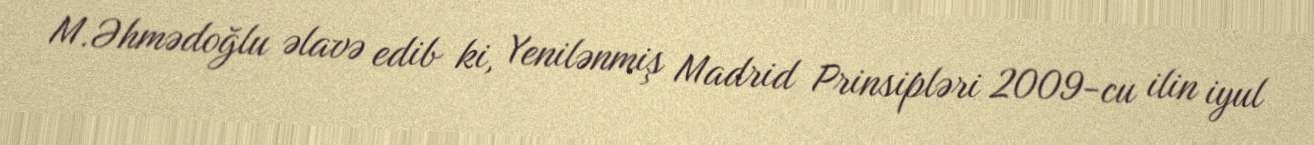
M.Əhmədoğlu əlavə edib ki, Yenilənmiş Madrid Prinsipləri 2009-cu ilin iyul